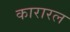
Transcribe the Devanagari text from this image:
कारारल